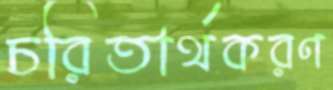
চরিতার্থকরণ